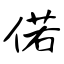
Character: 偌